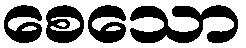
စေသော